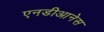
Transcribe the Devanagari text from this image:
एनडीआनेस